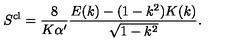
S ^ { \mathrm { c l } } = \frac { 8 } { K \alpha ^ { \prime } } \frac { E ( k ) - ( 1 - k ^ { 2 } ) K ( k ) } { \sqrt { 1 - k ^ { 2 } } } .